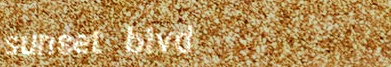
sunset blvd